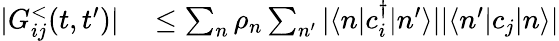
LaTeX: \begin{array}{rl}{|G_{ij}^{<}(t,t^{\prime})|}&{{}\leq\sum_{n}\rho_{n}\sum_{n^{\prime}}|\langle n|c_{i}^{\dagger}|n^{\prime}\rangle||\langle n^{\prime}|c_{j}|n\rangle|}\end{array}